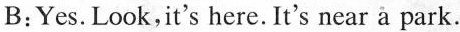
B:Yes.Look,it's here.It's near a park.